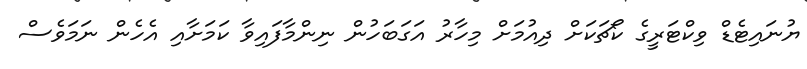
ޔުނައިޓެޑް ވިކްޓަރީގެ ކޯޗަކަށް ދިއުމަށް މިހާރު އަގަބަހުން ނިންމާފައިވާ ކަމަށާއި އެހެން ނަމަވެސް